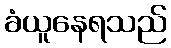
ခံယူနေရသည်